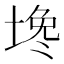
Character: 𰊅